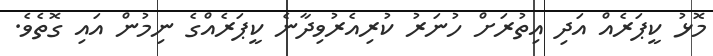
މޮޅު ކީޕަރެއް އަދި އިތުރަށް ހުނަރު ކުރިއެރުވިދާނެ ކީޕަރެއްގެ ނިމުން އައި ގޮތެވެ.